Report on the bubonic plague in Bombay, 1896-1897
Year: 1896
Disease focus: Plague
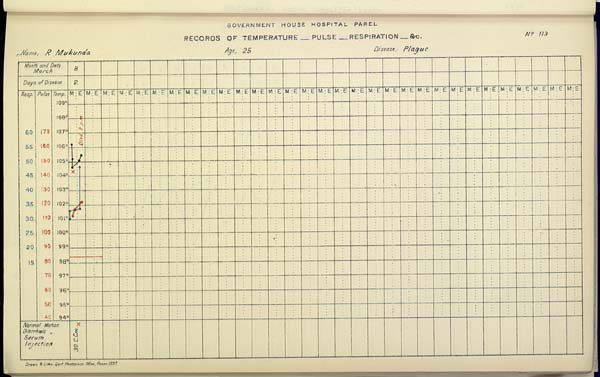
GOVERNMENT HOUSE HOSPITAL PAREL
RECORDS OF TEMPERATURE __ PULSE __ RESPIRATION __ &c. No. 113
Name,
R.
Mukunda
Age,
25
Disease,
Plague
Drawn & Litho: Govt. Photozinco: Office, Poona 1897.